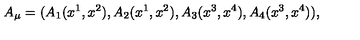
A _ { \mu } = ( A _ { 1 } ( x ^ { 1 } , x ^ { 2 } ) , A _ { 2 } ( x ^ { 1 } , x ^ { 2 } ) , A _ { 3 } ( x ^ { 3 } , x ^ { 4 } ) , A _ { 4 } ( x ^ { 3 } , x ^ { 4 } ) ) ,